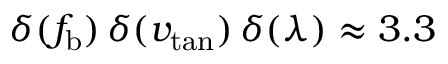
\delta ( f _ { \mathrm { b } } ) \, \delta ( v _ { \mathrm { t a n } } ) \, \delta ( \lambda ) \approx 3 . 3